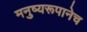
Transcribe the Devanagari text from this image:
मनुष्यरूपानेच